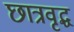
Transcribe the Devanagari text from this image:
छात्रवृद्ध